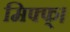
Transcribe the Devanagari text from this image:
मिफ्फ्।